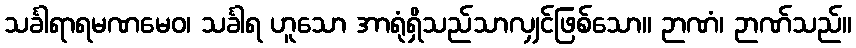
သင်္ခါရာရမဏမေဝ၊ သင်္ခါရ ဟူသော အာရုံရှိသည်သာလျှင်ဖြစ်သော။ ဉာဏံ၊ ဉာဏ်သည်။